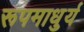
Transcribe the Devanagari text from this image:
रूपमाधुर्य